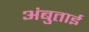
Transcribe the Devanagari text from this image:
अंबुताई